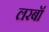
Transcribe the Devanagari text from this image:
लरबॉ